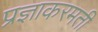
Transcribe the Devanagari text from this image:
प्रज्ञाकरमती